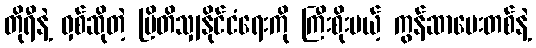
တိုရီနဲ့ ဝှစ်ဆိုတဲ့ ဗြိတိသျှနိုင်ငံရေးကို ကြီးစိုးမယ့် ကွန်ဆာဗေးတစ်နဲ့